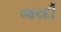
જરદી